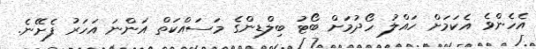
އެހެންވެ އެކަމަށް ހައްލު ހޯދުމަށް ބޯޓު ބިލްޑިންގެ މަސައްކަތް އަންނަ އަހަރު ފެށޭނެ.